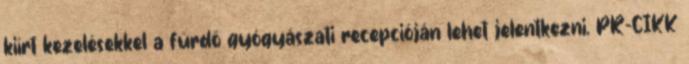
kiírt kezelésekkel a fürdő gyógyászati recepcióján lehet jelentkezni. PR-CIKK